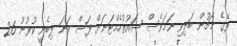
ރޭގެ މެޗުން ބަލިވި ނަމަވެސް ސަައުތުހެމްޓަނަށް ފަސް ވަނަ ލިބެނީ ކުޅުނު 26